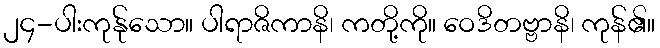
၂၄-ပါးကုန်ုသော။ ပါရာဇိကာနိ၊ ကတို့ကို။ ဝေဒိတဗ္ဗာနိ၊ ကုန်၏။